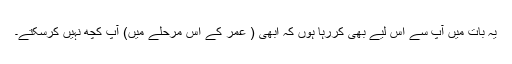
یہ بات میں آپ سے اس لیے بھی کررہا ہوں کہ ابھی ( عمر کے اس مرحلے میں) آپ کچھ نہیں کرسکتے۔